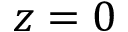
z = 0